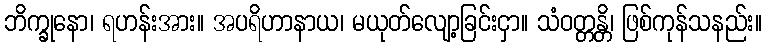
ဘိက္ခုနော၊ ရဟန်းအား။ အပရိဟာနာယ၊ မယုတ်လျော့ခြင်းငှာ။ သံဝတ္တန္တိ၊ ဖြစ်ကုန်သနည်း။